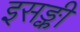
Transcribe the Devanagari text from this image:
इसङ्की